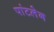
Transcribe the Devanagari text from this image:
पांटलेन